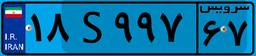
۱۸S۹۹۷۶۷